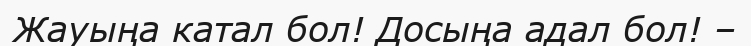
Жауыңа катал бол! Досыңа адал бол! –